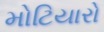
મોટિયારો